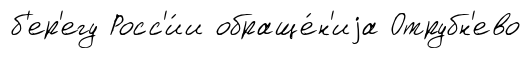
б'ер'егу Росс'и́и обраще́н'иjа Отрубн'ево